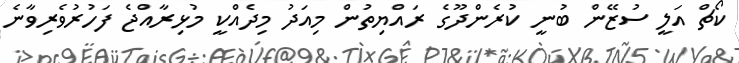
ކޯޗް އަލީ ސުޒޭން ބުނީ ކުރެންދޫގެ ރައްޔިތުން މިއަދު މިދެއްކީ މުޅިރާއްޖެ ފަހުރުވެރިވާނެ